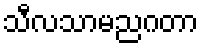
သီလသာမညဂတာ